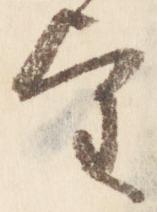
望